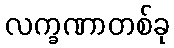
လက္ခဏာတစ်ခု